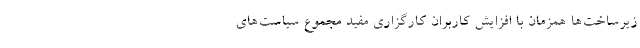
زیرساخت‌ها همزمان با افزایش کاربران کارگزاری مفید مجموع سیاست‌های